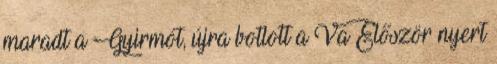
maradt a Gyirmót, újra botlott a Va Először nyert